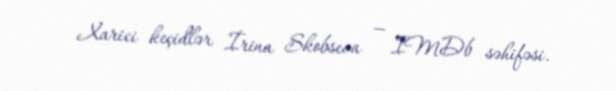
Xarici keçidlər İrina Skobseva — IMDb səhifəsi.